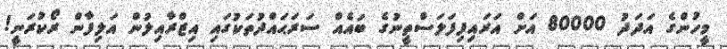
މީހުންގެ އަދަދު 80000 އަށް އަރައިފިފަލަސްތީނުގެ ބައެއް ސަރަޙައްދުތަކުގައި އިޒްރާއިލުން އަލިފާން ރޯކުރަނީ!